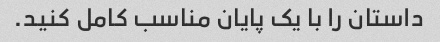
داستان را با یک پایان مناسب کامل کنید.